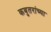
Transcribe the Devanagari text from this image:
कबुतरांच्या